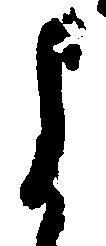
よ